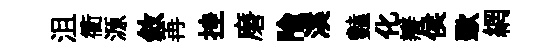
沮衢源敘再挫磨隃溪豔化瓣侯歜網